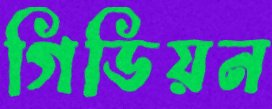
গিডিয়ন